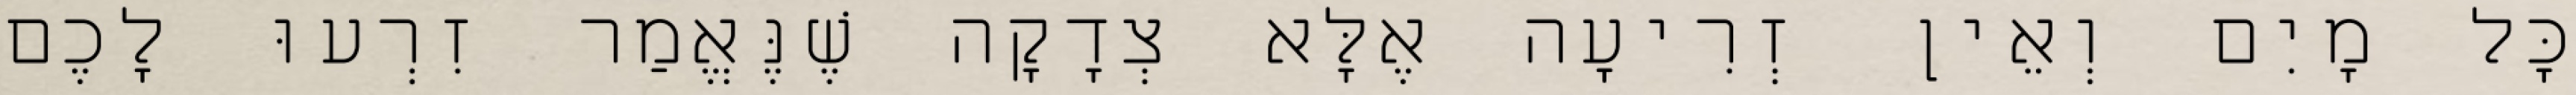
כׇּל מָיִם וְאֵין זְרִיעָה אֶלָּא צְדָקָה שֶׁנֶּאֱמַר זִרְעוּ לָכֶם